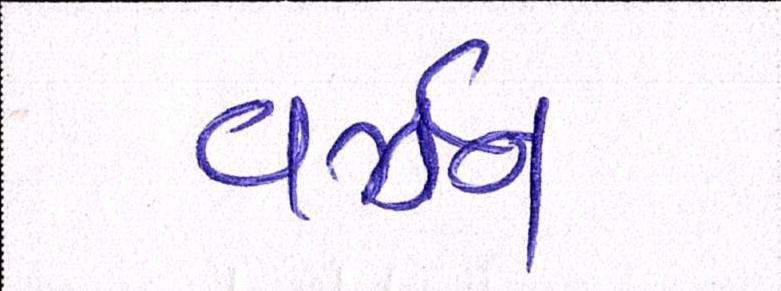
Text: વર્ઝન